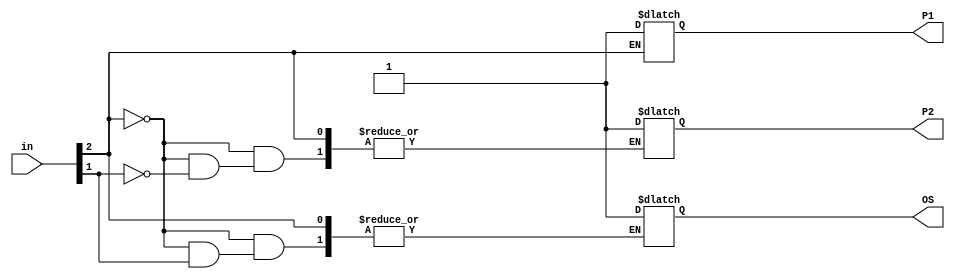
//module LC (di, p1, p2, os);
module LC (in, P1, P2, OS);

    input [2:0] in;
    output reg P1, P2, OS;

    initial begin
        {P1, P2, OS} = 3'b000;
    end

    always @(in)
    begin
        if (in[2])
            P1 = 1;
        else
            begin
                if (in[1]) 
                    P2 = 1;
                else
                    OS = 1;
            end
    end

  /*  input [2:0] di;
	output reg p1, p2, os;

	always @(di)
		casex(di)
			3'b1xx: {p1,p2,os} = 3'b100;
			3'b01x: {p1,p2,os} = 3'b010;
			3'b001: {p1,p2,os} = 3'b001;
			default: {p1,p2,os} = 3'b000;
		endcase*/

endmodule